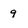
Character: 9